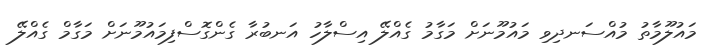
މައުލޫމާތު މުއްސަނދިވި މައުމޫނަށް މަގާމު ގެއްލޭ އިސްލާހު އަނބުރާ ގެންގޮސްފިމައުމޫނަށް މަގާމް ގެއްލޭ